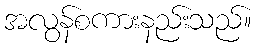
အလွန်စကားနည်းသည်။